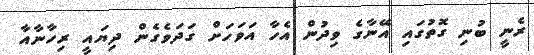
ރެނީ ބުނި ގޮތުގައި އޭނާގެ ވިދުން އެހާ އަވަހަށް ގަދަވެގެން ދިޔައީ ރިހާނާއާ